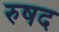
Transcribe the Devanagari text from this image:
रुषद